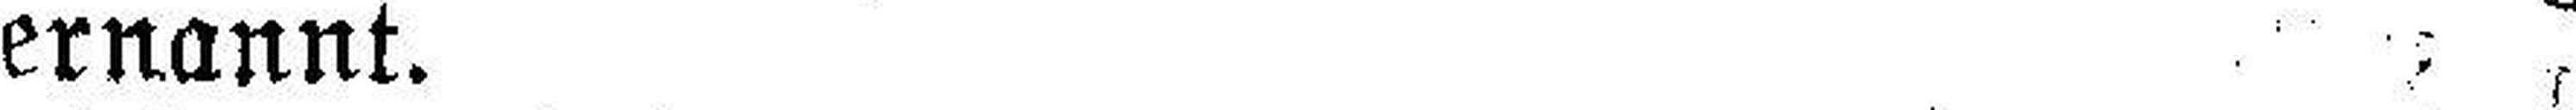
ernannt.